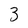
Character: 3